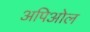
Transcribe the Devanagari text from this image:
अपिओल